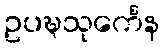
ဥပဍ္ဎသုင်္ကေန